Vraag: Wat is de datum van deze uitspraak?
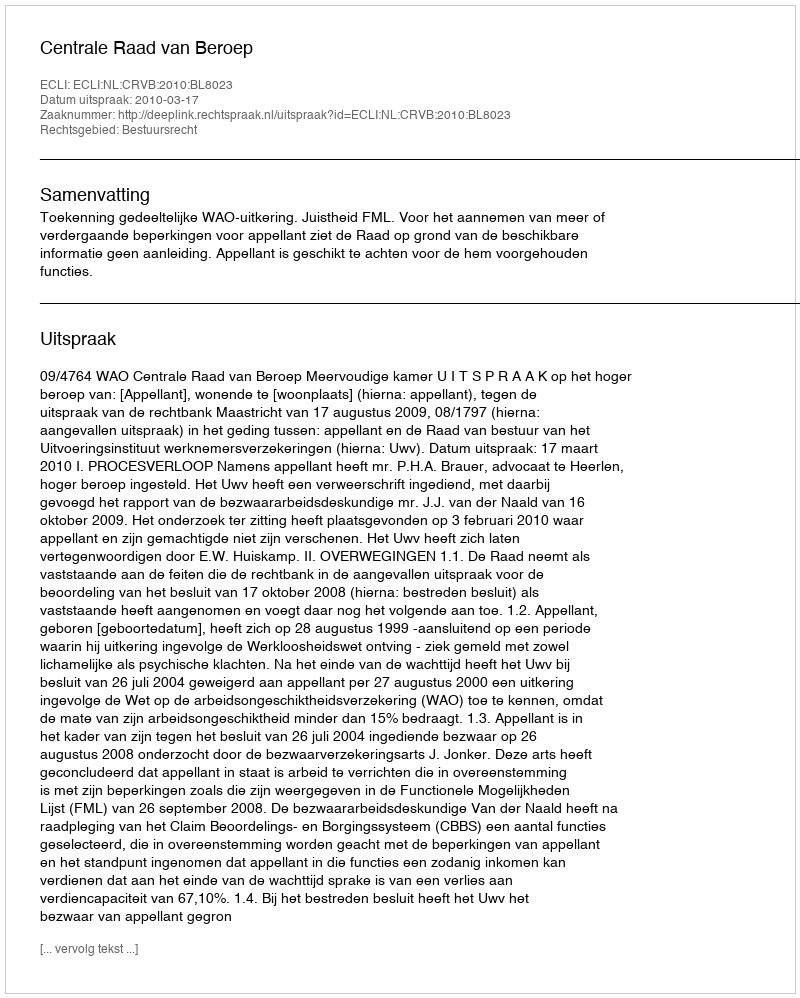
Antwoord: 2010-03-17